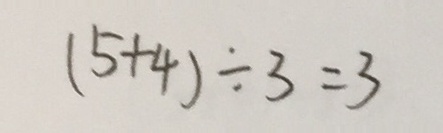
( 5 + 4 ) \div 3 = 3